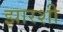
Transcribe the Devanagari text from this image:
झारशी